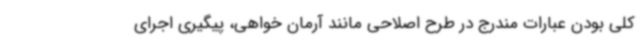
کلی بودن عبارات مندرج در طرح اصلاحی مانند آرمان خواهی، پیگیری اجرای